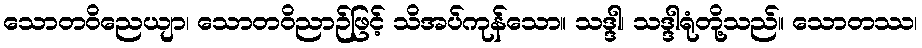
သောတဝိညေယျာ၊ သောတဝိညာဉ်ဖြင့် သိအပ်ကုန်သော။ သဒ္ဒါ၊ သဒ္ဒါရုံတို့သည်။ သောတဿ၊